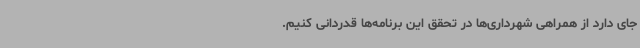
جای دارد از همراهی شهرداری‌ها در تحقق این برنامه‌ها قدردانی کنیم.